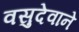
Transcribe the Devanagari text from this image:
वसुदेवाने